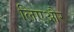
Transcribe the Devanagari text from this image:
लिएऔर